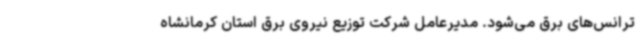
ترانس‌های برق می‌شود. مدیرعامل شرکت توزیع نیروی برق استان کرمانشاه